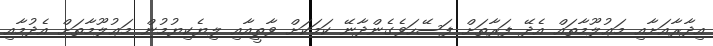
އިދާރާއަށާއި މަޢުލޫމާތައް އެދޭ ފަރާތަށް ފަސޭހަވެގެންދާނޭ ކަމަކަށް ވާތީއާއި ލިޔެކިޔުމުން މަޢުލޫމާތަށް އެދުމާއި